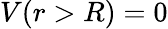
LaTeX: V(r>R)=0